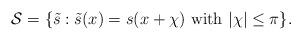
LaTeX: \begin{align*}\mathcal{S}=\{\tilde{s} : \mbox{$\tilde{s}(x)=s(x+\chi)$ with $|\chi|\leq\pi$}\}.\end{align*}